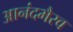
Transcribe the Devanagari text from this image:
आनंदभैरव